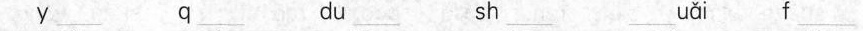
y___ q___ du___ sh___ ___uǎi f___